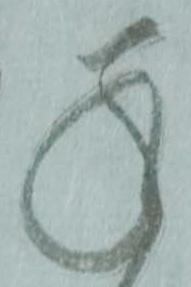
承